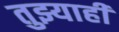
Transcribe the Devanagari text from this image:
तुझ्याही